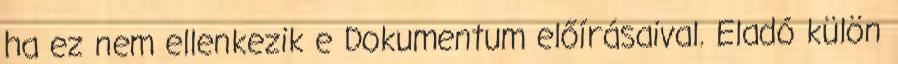
ha ez nem ellenkezik e Dokumentum előírásaival. Eladó külön